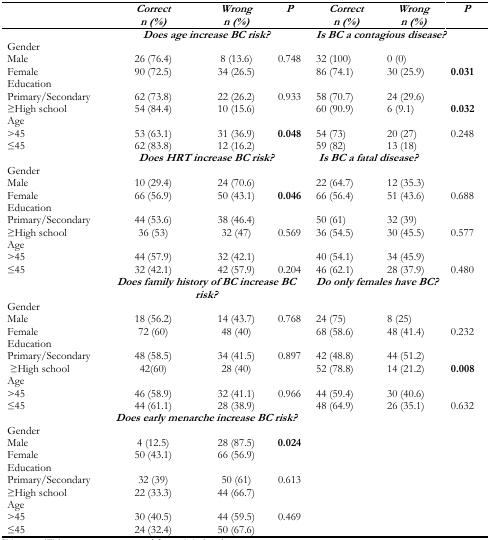
<table><thead><tr><td></td><td><b><i>Correct n (%)</i></b></td><td><b><i>Wrong n (%)</i></b></td><td><b><i>P</i></b></td><td><b><i>Correct n (%)</i></b></td><td><b><i>Wrong n (%)</i></b></td><td><b><i>P</i></b></td></tr></thead><tbody><tr><td></td><td colspan="3"><b><i>Does age increase BC risk?</i></b></td><td colspan="3"><b><i>Is BC a contagious disease?</i></b></td></tr><tr><td colspan="7">Gender</td></tr><tr><td>Male</td><td>26 (76.4)</td><td>8 (13.6)</td><td>0.748</td><td>32 (100)</td><td>0 (0)</td><td></td></tr><tr><td>Female</td><td>90 (72.5)</td><td>34 (26.5)</td><td></td><td>86 (74.1)</td><td>30 (25.9)</td><td><b>0.031</b></td></tr><tr><td colspan="7">Education</td></tr><tr><td>Primary/Secondary</td><td>62 (73.8)</td><td>22 (26.2)</td><td>0.933</td><td>58 (70.7)</td><td>24 (29.6)</td><td></td></tr><tr><td>≥High school</td><td>54 (84.4)</td><td>10 (15.6)</td><td></td><td>60 (90.9)</td><td>6 (9.1)</td><td><b>0.032</b></td></tr><tr><td colspan="7">Age</td></tr><tr><td>&gt;45</td><td>53 (63.1)</td><td>31 (36.9)</td><td><b>0.048</b></td><td>54 (73)</td><td>20 (27)</td><td>0.248</td></tr><tr><td>≤45</td><td>62 (83.8)</td><td>12 (16.2)</td><td></td><td>59 (82)</td><td>13 (18)</td><td></td></tr><tr><td></td><td colspan="3"><b><i>Does HRT increase BC risk?</i></b></td><td colspan="3"><b><i>Is BC a fatal disease?</i></b></td></tr><tr><td colspan="7">Gender</td></tr><tr><td>Male</td><td>10 (29.4)</td><td>24 (70.6)</td><td></td><td>22 (64.7)</td><td>12 (35.3)</td><td></td></tr><tr><td>Female</td><td>66 (56.9)</td><td>50 (43.1)</td><td><b>0.046</b></td><td>66 (56.4)</td><td>51 (43.6)</td><td>0.688</td></tr><tr><td colspan="7">Education</td></tr><tr><td>Primary/Secondary</td><td>44 (53.6)</td><td>38 (46.4)</td><td></td><td>50 (61)</td><td>32 (39)</td><td></td></tr><tr><td>≥High school</td><td>36 (53)</td><td>32 (47)</td><td>0.569</td><td>36 (54.5)</td><td>30 (45.5)</td><td>0.577</td></tr><tr><td colspan="7">Age</td></tr><tr><td>&gt;45</td><td>44 (57.9)</td><td>32 (42.1)</td><td></td><td>40 (54.1)</td><td>34 (45.9)</td><td></td></tr><tr><td>≤45</td><td>32 (42.1)</td><td>42 (57.9)</td><td>0.204</td><td>46 (62.1)</td><td>28 (37.9)</td><td>0.480</td></tr><tr><td></td><td colspan="3"><b><i>Does family history of BC increase BC risk?</i></b></td><td colspan="3"><b><i>Do only females have BC?</i></b></td></tr><tr><td colspan="7">Gender</td></tr><tr><td>Male</td><td>18 (56.2)</td><td>14 (43.7)</td><td>0.768</td><td>24 (75)</td><td>8 (25)</td><td></td></tr><tr><td>Female</td><td>72 (60)</td><td>48 (40)</td><td></td><td>68 (58.6)</td><td>48 (41.4)</td><td>0.232</td></tr><tr><td colspan="7">Education</td></tr><tr><td>Primary/Secondary</td><td>48 (58.5)</td><td>34 (41.5)</td><td>0.897</td><td>42 (48.8)</td><td>44 (51.2)</td><td></td></tr><tr><td>≥High school</td><td>42(60)</td><td>28 (40)</td><td></td><td>52 (78.8)</td><td>14 (21.2)</td><td><b>0.008</b></td></tr><tr><td colspan="7">Age</td></tr><tr><td>&gt;45</td><td>46 (58.9)</td><td>32 (41.1)</td><td>0.966</td><td>44 (59.4)</td><td>30 (40.6)</td><td></td></tr><tr><td>≤45</td><td>44 (61.1)</td><td>28 (38.9)</td><td></td><td>48 (64.9)</td><td>26 (35.1)</td><td>0.632</td></tr><tr><td></td><td colspan="3"><b><i>Does early menarche increase BC risk?</i></b></td><td></td><td></td><td></td></tr><tr><td colspan="7">Gender</td></tr><tr><td>Male</td><td>4 (12.5)</td><td>28 (87.5)</td><td><b>0.024</b></td><td></td><td></td><td></td></tr><tr><td>Female</td><td>50 (43.1)</td><td>66 (56.9)</td><td></td><td></td><td></td><td></td></tr><tr><td colspan="7">Education</td></tr><tr><td>Primary/Secondary</td><td>32 (39)</td><td>50 (61)</td><td>0.613</td><td></td><td></td><td></td></tr><tr><td>≥High school</td><td>22 (33.3)</td><td>44 (66.7)</td><td></td><td></td><td></td><td></td></tr><tr><td colspan="7">Age</td></tr><tr><td>&gt;45</td><td>30 (40.5)</td><td>44 (59.5)</td><td>0.469</td><td></td><td></td><td></td></tr><tr><td>≤45</td><td>24 (32.4)</td><td>50 (67.6)</td><td></td><td></td><td></td><td></td></tr></tbody></table>